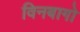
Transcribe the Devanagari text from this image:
विनबागो